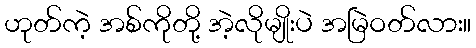
ဟုတ်ကဲ့ အစ်ကိုတို့ အဲ့လိုမျိုးပဲ အမြဲဝတ်လား။